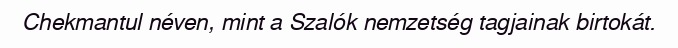
Chekmantul néven, mint a Szalók nemzetség tagjainak birtokát.